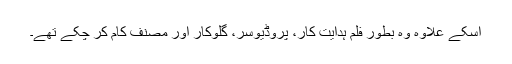
اسکے علاوہ وہ بطور فلم ہدایت کار، پروڈیوسر، گلوکار اور مصنف کام کر چکے تھے۔